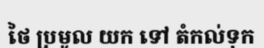
ថៃ ប្រមូល យក ទៅ តំកល់ទុក